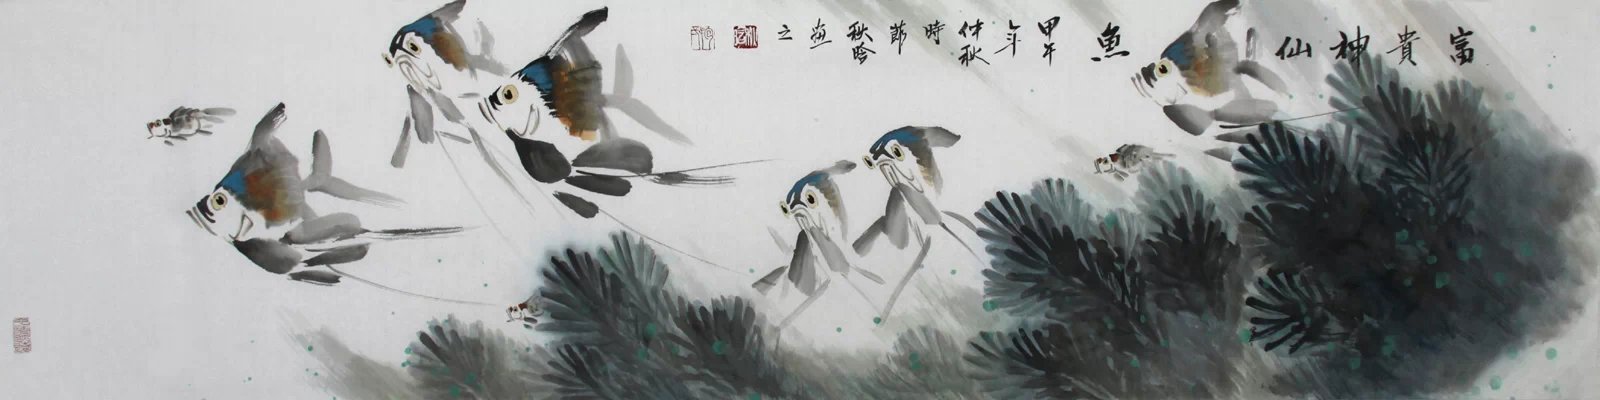
惠子曰子非鱼，安知鱼之乐？